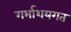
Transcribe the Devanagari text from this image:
गर्भाशयगत